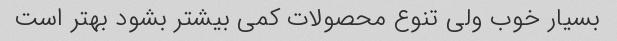
بسیار خوب ولی تنوع محصولات کمی بیشتر بشود بهتر است